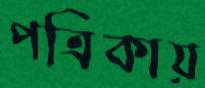
পত্রিকায়